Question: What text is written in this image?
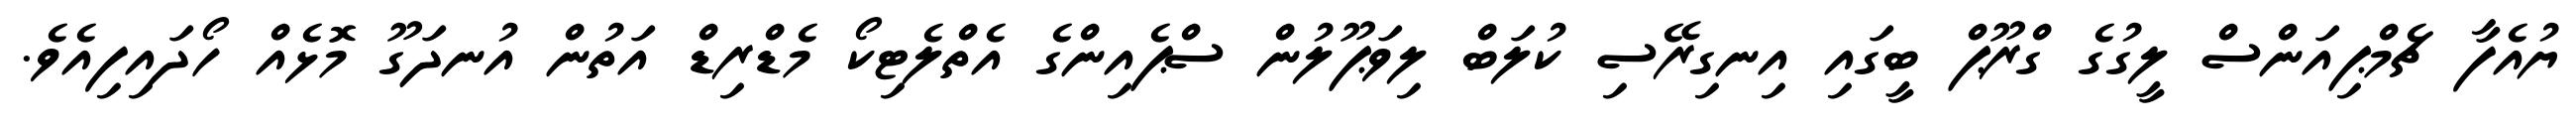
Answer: ޔުއެފާ ޗެމްޕިއަންސް ލީގުގެ ގްރޫޕް ބީގައި އިނގިރޭސި ކުލަބް ލިވަޕޫލުން ސްޕެއިންގެ އެތްލެޓިކޯ މެޑްރިޑް އަތުން އުނދަގޫ މޮޅެއް ހޯދައިފިއެވެ.